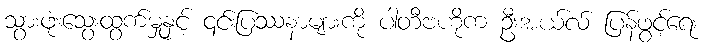
သွားဖုံးသွေးထွက်မှုနှင့် ၎င်းပြဿနာများကို ပါတီဗဟိုက ဦးအယ်လ် ပြန်ဖွင့်ရေး